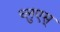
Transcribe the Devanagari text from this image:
च्लुएस्